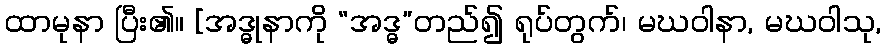
ထာမုနာ ပြီး၏။ [အဒ္ဓုနာကို “အဒ္ဓ”တည်၍ ရုပ်တွက်၊ မဃဝါနာ, မဃဝါသု,